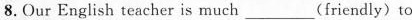
8.Our English teacher is much___(friendly) to